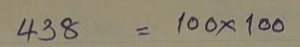
438 = 100x100